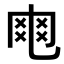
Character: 𠃾